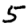
Digit: 5